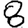
Digit: 8